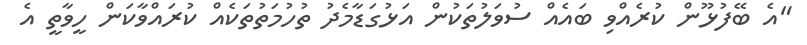
"އެ ބޭފުޅޫން ކުރެއްވި ބައެއް ސުވަލުތަކުން އަޅުގަޑާމެދު ތުހުމަތުތަކެއް ކުރައްވާކަން ހީވާތީ އެ